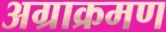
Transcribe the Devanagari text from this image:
अग्राक्रमण